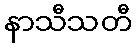
နာသီသတီ